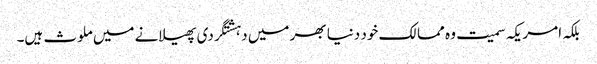
بلکہ امریکہ سمیت وہ ممالک خود دنیا بھر میں دہشتگردی پھیلانے میں ملوث ہیں۔